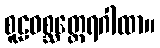
စူဠဝစ္ဆတ္ထေရဂါထာ။